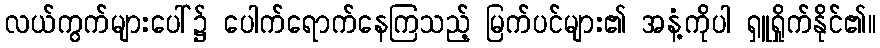
လယ်ကွက်များပေါ်၌ ပေါက်ရောက်နေကြသည့် မြက်ပင်များ၏ အနံ့ကိုပါ ရှူရှိုက်နိုင်၏။